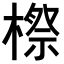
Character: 𣘤